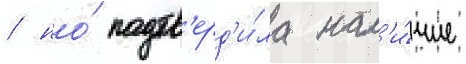
/ но́ подтв'ерд'и́ла нал'и́чие